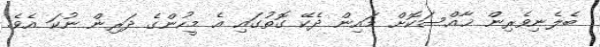
ބެލެނިވެރިން ޚާއްސަކޮށް މައިން ދެކޭ ގޮތުގައި އެ މީހުންގެ ދަރިން ނުކަ އެވެ.